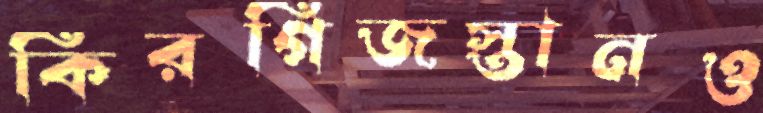
কিরগিজস্তানও